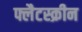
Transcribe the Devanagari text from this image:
फ्लैटस्क्रीन